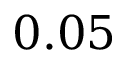
0 . 0 5